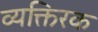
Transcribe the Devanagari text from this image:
व्यक्तिरक